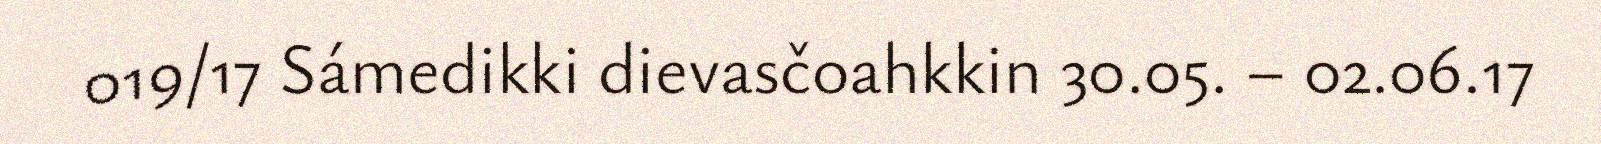
019/17 Sámedikki dievasčoahkkin 30.05. – 02.06.17